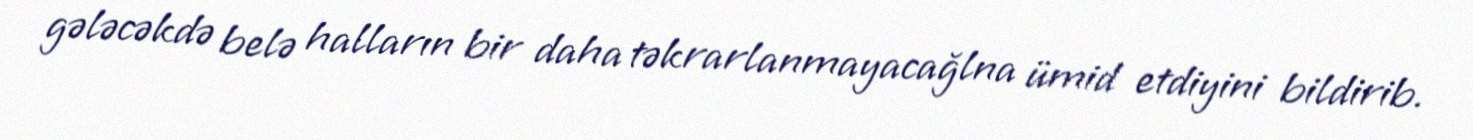
gələcəkdə belə halların bir daha təkrarlanmayacağlna ümid etdiyini bildirib.